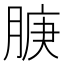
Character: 𬛇